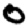
Digit: 0